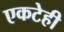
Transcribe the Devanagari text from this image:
एकटेही